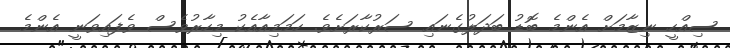
ސިއްހީ ނިޒާމަށް އެންމެ ބޮޑު ބަދަލުގެނައި ސަރުކާރަށެވެ. ހަމަމިއާއެކު މިހާރުވެސް ވެފައިވަނީ އެންމެ